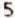
5